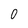
Character: 0